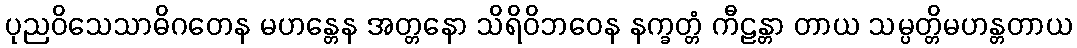
ပုညဝိသေသာဓိဂတေန မဟန္တေန အတ္တနော သိရိဝိဘဝေန နက္ခတ္တံ ကီဠန္တာ တာယ သမ္ပတ္တိမဟန္တတာယ